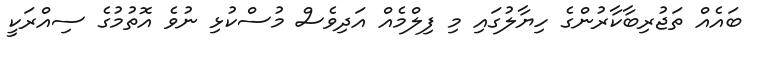
ބައެއް ތަޖުރިބާކާރުންގެ ހިޔާލުގައި މި ފިލްމެއް އަދިވެސް މުސްކުޅި ނުވެ އޮތުމުގެ ސިއްރަކީ